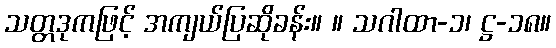
သတ္တဒုကဖြင့် အကျယ်ပြဆိုခန်း။ ။ သဂါထာ-၁၊ ဋ္ဌ-၁၈။